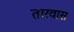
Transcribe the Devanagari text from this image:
तारवास